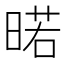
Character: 𭦲